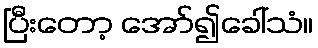
ပြီးတော့ အော်၍ခေါ်သံ။